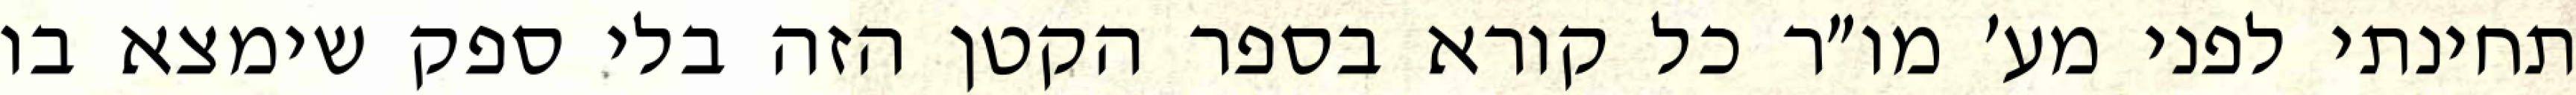
תחינתי לפני מע׳ מו״ר כל קורא בספר הקטן הזה בלי ספק שימצא בו